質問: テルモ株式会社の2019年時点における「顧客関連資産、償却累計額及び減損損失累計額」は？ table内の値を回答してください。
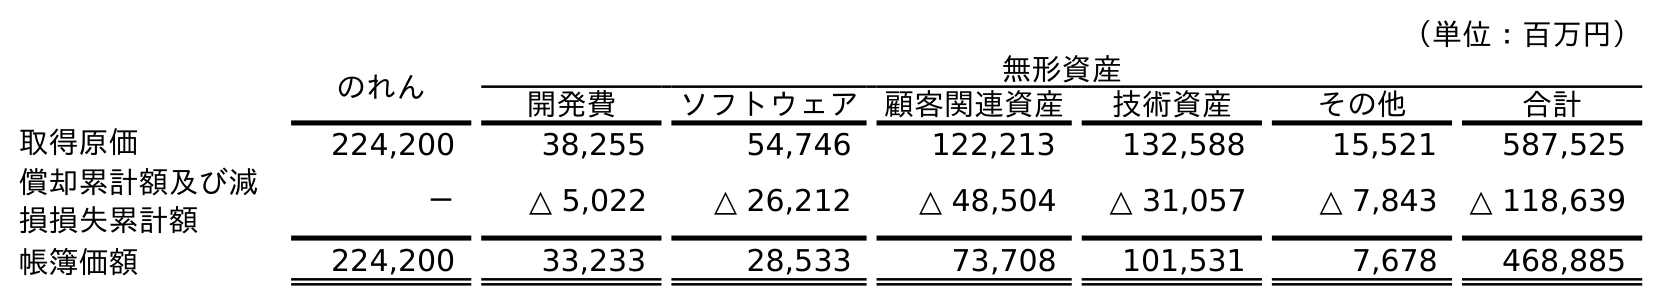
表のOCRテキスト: （単位：百万円） のれん 無形資産 開発費 ソフトウェア 顧客関連資産 技術資産 その他 合計 取得原価 224,200 38,255 54,746 122,213 132,588 15,521 587,525 償却累計額及び減 損損失累計額 － △ 5,022 △ 26,212 △ 48,504 △ 31,057 △ 7,843 △ 118,639 帳簿価額 224,200 33,233 28,533 73,708 101,531 7,678 468,885
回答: △48,504